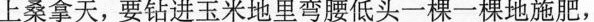
上桑拿天，要钻进玉米地里弯腰低头一棵一棵地施肥